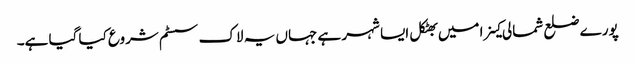
پورے ضلع شمالی کینرا میں بھٹکل ایسا شہر ہے جہاں یہ لاک سسٹم شروع کیا گیا ہے۔